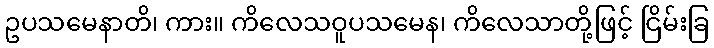
ဥပသမေနာတိ၊ ကား။ ကိလေသဝူပသမေန၊ ကိလေသာတို့ဖြင့် ငြိမ်းခြ